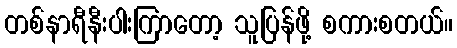
တစ်နာရီနီးပါးကြာတော့ သူပြန်ဖို့ စကားစတယ်။